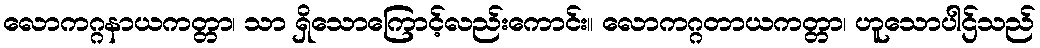
လောကဂ္ဂနာယကတ္တာ၊ သာ ရှိသောကြောင့်လည်းကောင်း။ လောကဂ္ဂတာယကတ္တာ၊ ဟူသောပါဌ်သည်